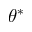
\theta ^ { * }